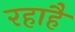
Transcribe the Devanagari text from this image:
रहाहै